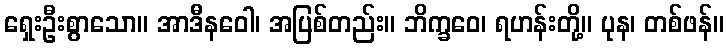
ရှေးဦးစွာသော။ အာဒီနဝေါ၊ အပြစ်တည်း။ ဘိက္ခဝေ၊ ရဟန်းတို့။ ပုန၊ တစ်ဖန်။